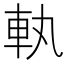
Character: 𮜿